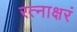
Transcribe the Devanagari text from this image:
रत्‍नाक्षरं